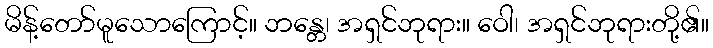
မိန့်တော်မူသောကြောင့်။ ဘန္တေ၊ အရှင်ဘုရား။ ဝေါ၊ အရှင်ဘုရားတို့၏။